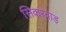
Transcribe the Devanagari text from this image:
सिकरवाड़